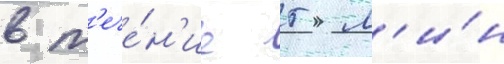
в т'ече́н'ие 5 м'и́н